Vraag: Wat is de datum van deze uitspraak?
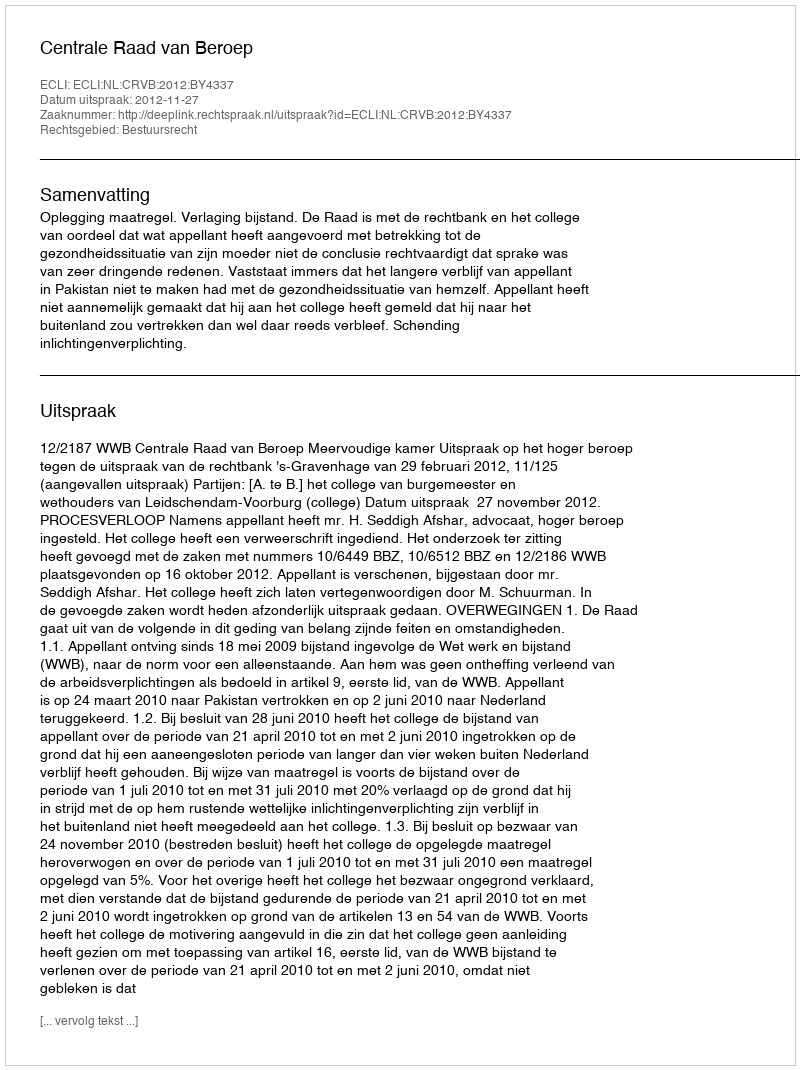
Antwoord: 2012-11-27